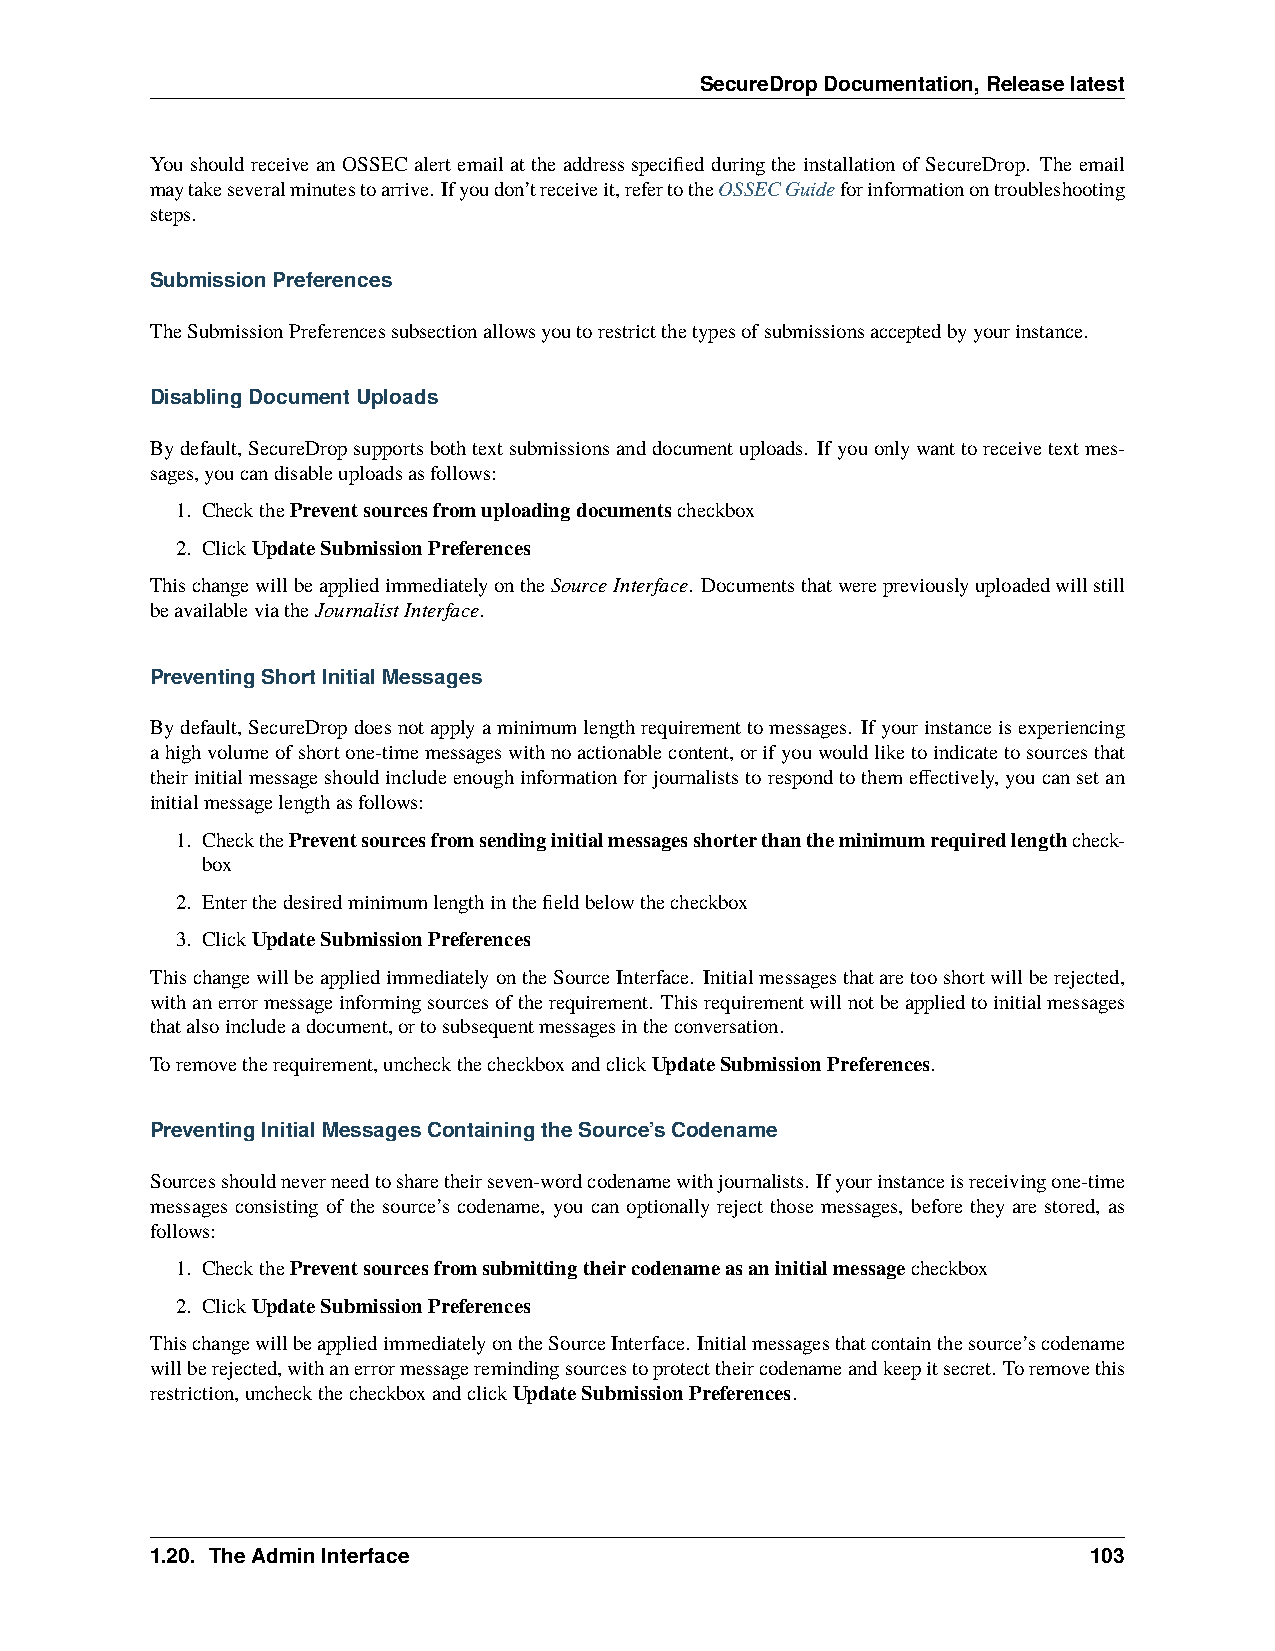
SecureDropDocumentation,Releaselatest
 You should receive an OSSEC alert email at the address specified during the installation of SecureDrop. The email
 maytakeseveralminutestoarrive. Ifyoudon’treceiveit,refertotheOSSECGuideforinformationontroubleshooting
 steps.
 SubmissionPreferences
 TheSubmissionPreferencessubsectionallowsyoutorestrictthetypesofsubmissionsacceptedbyyourinstance.
 DisablingDocumentUploads
 Bydefault,SecureDropsupportsbothtextsubmissionsanddocumentuploads. Ifyouonlywanttoreceivetextmes-
 sages,youcandisableuploadsasfollows:
 1. CheckthePreventsourcesfromuploadingdocumentscheckbox
 2. ClickUpdateSubmissionPreferences
 ThischangewillbeappliedimmediatelyontheSourceInterface. Documentsthatwerepreviouslyuploadedwillstill
 beavailableviatheJournalistInterface.
 PreventingShortInitialMessages
 Bydefault,SecureDropdoesnotapplyaminimumlengthrequirementtomessages. Ifyourinstanceisexperiencing
 ahighvolumeofshortone-timemessageswithnoactionablecontent,orifyouwouldliketoindicatetosourcesthat
 theirinitialmessageshouldincludeenoughinformationforjournaliststorespondtothemeffectively,youcansetan
 initialmessagelengthasfollows:
 1. CheckthePreventsourcesfromsendinginitialmessagesshorterthantheminimumrequiredlengthcheck-
 box
 2. Enterthedesiredminimumlengthinthefieldbelowthecheckbox
 3. ClickUpdateSubmissionPreferences
 ThischangewillbeappliedimmediatelyontheSourceInterface. Initialmessagesthataretooshortwillberejected,
 withanerrormessageinformingsourcesoftherequirement. Thisrequirementwillnotbeappliedtoinitialmessages
 thatalsoincludeadocument,ortosubsequentmessagesintheconversation.
 Toremovetherequirement,uncheckthecheckboxandclickUpdateSubmissionPreferences.
 PreventingInitialMessagesContainingtheSource’sCodename
 Sourcesshouldneverneedtosharetheirseven-wordcodenamewithjournalists. Ifyourinstanceisreceivingone-time
 messages consisting of the source’s codename, you can optionally reject those messages, before they are stored, as
 follows:
 1. CheckthePreventsourcesfromsubmittingtheircodenameasaninitialmessagecheckbox
 2. ClickUpdateSubmissionPreferences
 ThischangewillbeappliedimmediatelyontheSourceInterface. Initialmessagesthatcontainthesource’scodename
 willberejected,withanerrormessageremindingsourcestoprotecttheircodenameandkeepitsecret. Toremovethis
 restriction,uncheckthecheckboxandclickUpdateSubmissionPreferences.
 1.20. TheAdminInterface                                       103